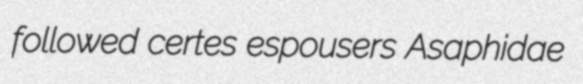
followed certes espousers Asaphidae